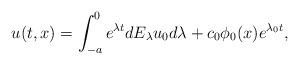
LaTeX: \begin{align*}u(t,x)=\int_{-a}^0e^{\lambda t}dE_\lambda u_0 d\lambda+c_0\phi_0(x)e^{\lambda_0t},\end{align*}